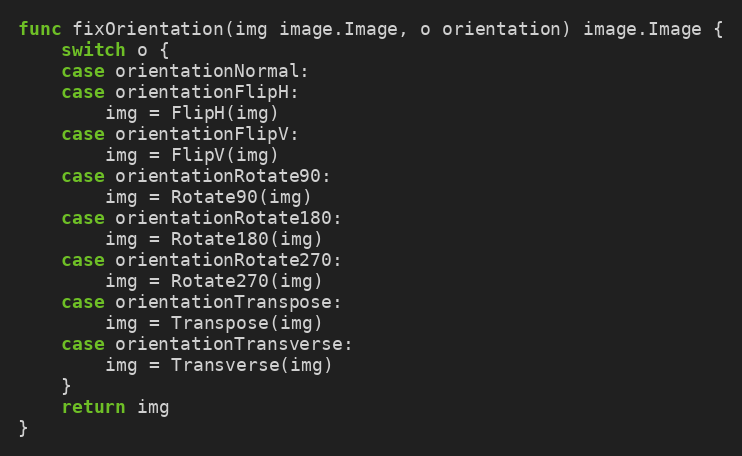
Language: Go
func fixOrientation(img image.Image, o orientation) image.Image {
	switch o {
	case orientationNormal:
	case orientationFlipH:
		img = FlipH(img)
	case orientationFlipV:
		img = FlipV(img)
	case orientationRotate90:
		img = Rotate90(img)
	case orientationRotate180:
		img = Rotate180(img)
	case orientationRotate270:
		img = Rotate270(img)
	case orientationTranspose:
		img = Transpose(img)
	case orientationTransverse:
		img = Transverse(img)
	}
	return img
}